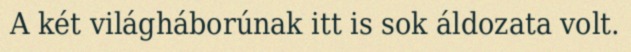
A két világháborúnak itt is sok áldozata volt.